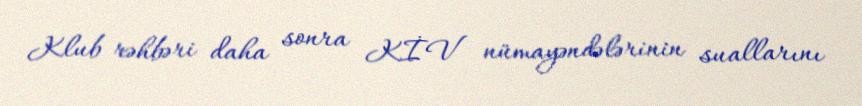
Klub rəhbəri daha sonra KİV nümayəndələrinin suallarını